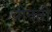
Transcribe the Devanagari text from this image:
वीनती